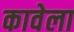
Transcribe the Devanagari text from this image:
कावेला